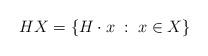
LaTeX: \begin{align*}HX = \left\{ H \cdot x \; : \; x \in X \right\}\end{align*}